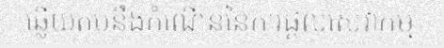
ឆ្លើយតបនឹងកំណើននៃការផ្តល់សេវាកម្ម